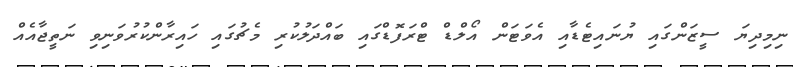
ނިމިދިޔަ ސީޒަންގައި ޔުނައިޓެޑާއި އެވަޓަން އޯލްޑް ޓްރަފޮޑްގައި ބައްދަލުކުރި މެޗުގައި ހައިރާންކުރުވަނިވި ނަތީޖާއެއް